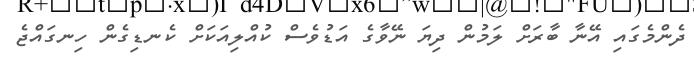
ދެންމެގައި އޭނާ ބާރަށް ލަމުން ދިޔަ ނޭވާގެ އަޑުވެސް ކުއްލިއަކަށް ކެނޑިގެން ހިނގައްޖެ